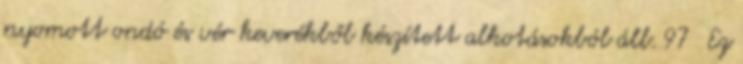
nyomott ondó és vér keverékből készített alkotásokból áll. 97 Ez